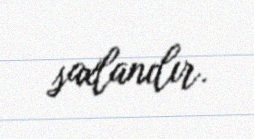
saxlanılır.